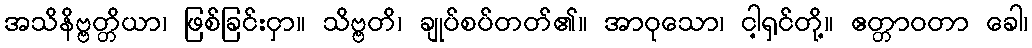
အသိနိဗ္ဗတ္တိယာ၊ ဖြစ်ခြင်းငှာ။ သိဗ္ဗတိ၊ ချုပ်စပ်တတ်၏။ အာဝုသော၊ ငါ့ရှင်တို့။ ဧတ္တာဝတာ ခေါ၊